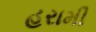
હરામી